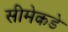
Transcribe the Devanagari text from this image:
सीमेकडे